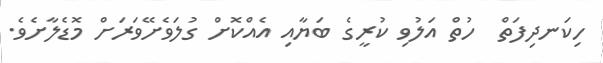
ހިކަނދިފަތް  ހުތް އަލުވި ކުރީގެ ބަޔާއި އެއްކޮށް ގުލަވެށޭވަރަށް މޮޑެލާށެވެ.